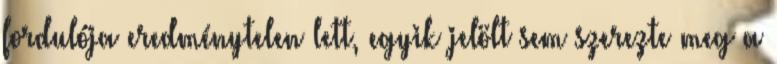
fordulója eredménytelen lett, egyik jelölt sem szerezte meg a